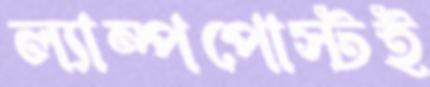
ল্যাম্পপোস্টই